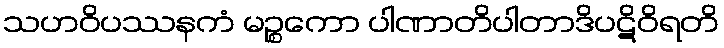
သဟဝိပဿနကံ မဉ္စကော ပါဏာတိပါတာဒိပဋိဝိရတိ